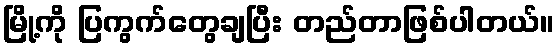
မြို့ကို ပြကွက်တွေချပြီး တည်တာဖြစ်ပါတယ်။